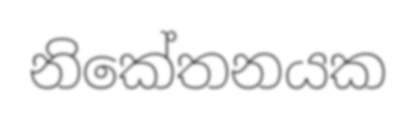
නිකේතනයක